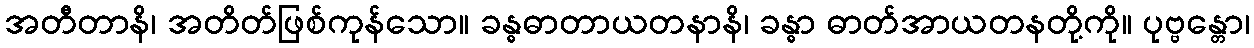
အတီတာနိ၊ အတိတ်ဖြစ်ကုန်သော။ ခန္ဓဓာတာယတနာနိ၊ ခန္ဓာ ဓာတ်အာယတနတို့ကို။ ပုဗ္ဗန္တော၊